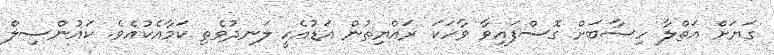
ގަޔަށް އަތްލާ ހިސާބަށް ގޮސްފައިވާ ވާހަކަ ރައްޔިތުން އަޑުއެހީ ލަނދުވެތި ކަމާއެކުއެވެ. ކައުންސިލް